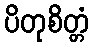
ပိတုစိတ္တံ